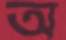
অ